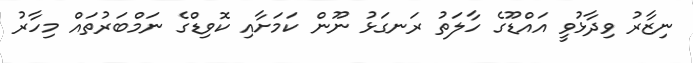
ނިޒާރު ވިދާޅުވީ އައްޑޫގެ ހާލަތު ރަނގަޅު ނޫން ކަމަށާއި ކޮވިޑްގެ ނަމްބަރުތައް މިހާރު